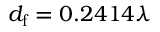
d _ { \mathrm { f } } = 0 . 2 4 1 4 \lambda